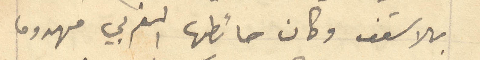
بلا سقف وكان حائطها الغربي مهدوما